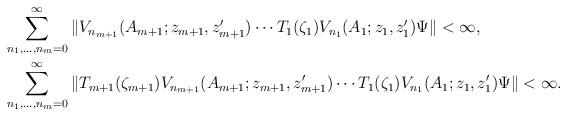
LaTeX: \begin{align*}& \sum _{ n_1 , ... , n_m = 0} ^\infty \| V_{n_{m+1}}(A_{m+1};z_{m+1} ,z'_{m+1}) \cdots T_1(\zeta_1) V_{n_1}(A_1;z_1 , z_1') \Psi \| < \infty , \\& \sum _{ n_1 , ... , n_m = 0} ^\infty \| T_{m+1}(\zeta_{m+1}) V_{n_{m+1}}(A_{m+1};z_{m+1} ,z'_{m+1}) \cdots T_1(\zeta_1) V_{n_1}(A_1;z_1 , z_1') \Psi \| < \infty . \end{align*}